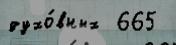
духо́вных  665